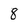
Character: 8